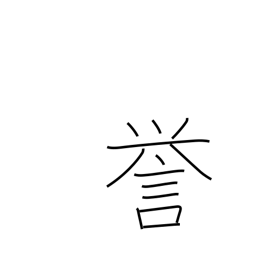
Meaning: reputation